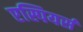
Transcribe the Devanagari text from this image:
एस्पियर्स